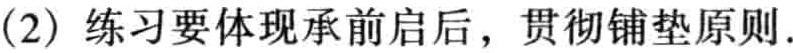
(2) 练习要体现承前启后，贯彻铺垫原则.